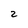
Character: 2